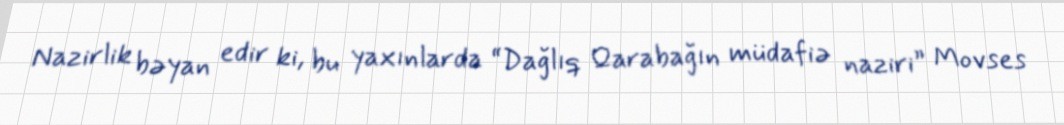
Nazirlik bəyan edir ki, bu yaxınlarda “Dağlıq Qarabağın müdafiə naziri” Movses